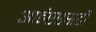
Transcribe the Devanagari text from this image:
आईएएसटी